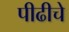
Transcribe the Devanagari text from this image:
पीढीचे